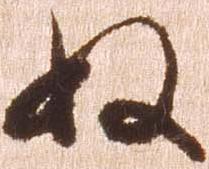
ぬ